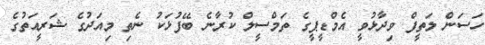
ހަސަން ލަތީފް ވިދާޅުވީ އެމްޑީޕީގެ ތަމްސީލް ކުރާނެ ބޭފުޅަކު ނެތި މިއަދުގެ ޝަރީއަތުގެ